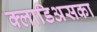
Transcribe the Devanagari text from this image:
क्लाडिअसका